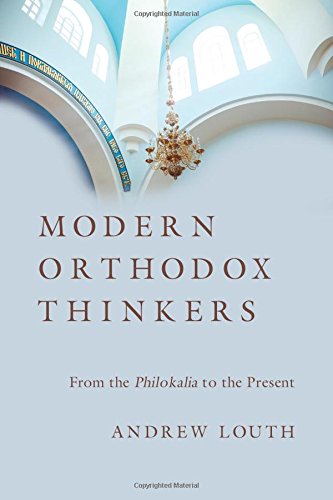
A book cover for Modern Orthodox Thinkers: From the Philokalia to the Present; Andrew Louth; Christian Books & Bibles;